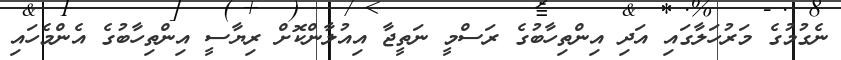
ނެގުމުގެ މަރުހަލާގައި އަދި އިންތިހާބުގެ ރަސްމީ ނަތީޖާ އިއުލާންކޮށް ރިޔާސީ އިންތިހާބުގެ އެންމެހައި